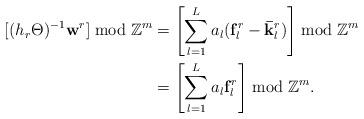
LaTeX: \begin{align*}[(h_r\Theta)^{-1} \mathbf w^r] \bmod \mathbb Z^m &= \left[\sum_{l=1}^{L} a_{l} (\mathbf f_l^r - \mathbf{\bar k}_l^r)\right]\bmod \mathbb Z^m \\ &= \left[\sum_{l=1}^{L} a_{l} \mathbf f_l^r\right]\bmod \mathbb Z^m.\end{align*}